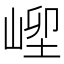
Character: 𡹥